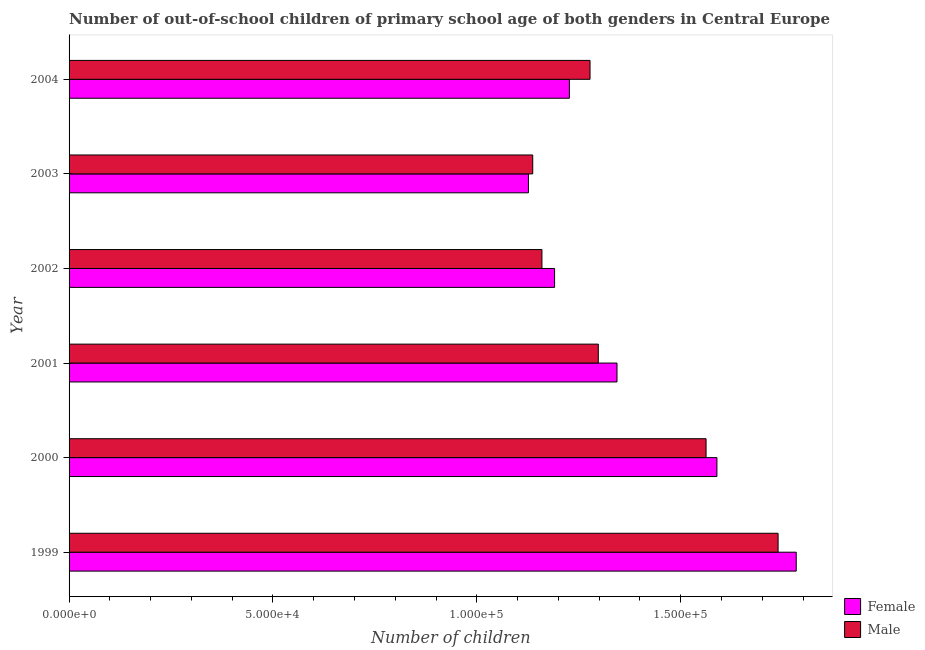
| Year | Female | Male |
 | --- | --- | --- |
 | 1999 | 1.78e+05 | 1.74e+05 |
 | 2000 | 1.59e+05 | 1.56e+05 |
 | 2001 | 1.34e+05 | 1.3e+05 |
 | 2002 | 1.19e+05 | 1.16e+05 |
 | 2003 | 1.13e+05 | 1.14e+05 |
 | 2004 | 1.23e+05 | 1.28e+05 |